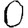
Digit: 0